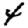
Digit: 4